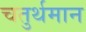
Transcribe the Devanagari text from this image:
चतुर्थमान